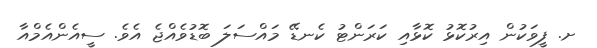
ށ. ފީވަކުން އިރުކޮޅު ކޮޅާއި ކަރަންޓު ކެނޑޭ މައްސަލަ ބޮޑުވެއްޖެ އެވެ. ސީއެންއެމްއާ